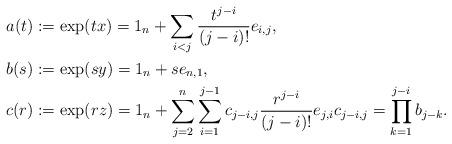
LaTeX: \begin{align*} a(t) &:= \mathrm{exp}(tx) = 1_n+\displaystyle \sum_{i < j}\frac{t^{j-i}}{(j-i)!} e_{i,j},\\ b(s) &:= \mathrm{exp}(sy) = 1_n + se_{n,1},\\ c(r) &:= \mathrm{exp}(rz) = 1_n + \sum_{j=2}^n \sum_{i=1}^{j-1} c_{j-i,j} \frac{r^{j-i}}{(j-i)!}e_{j,i} c_{j-i,j} = \prod_{k=1}^{j-i} b_{j-k}.\\\end{align*}